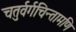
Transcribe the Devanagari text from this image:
चतुर्वर्गचिन्तामणि